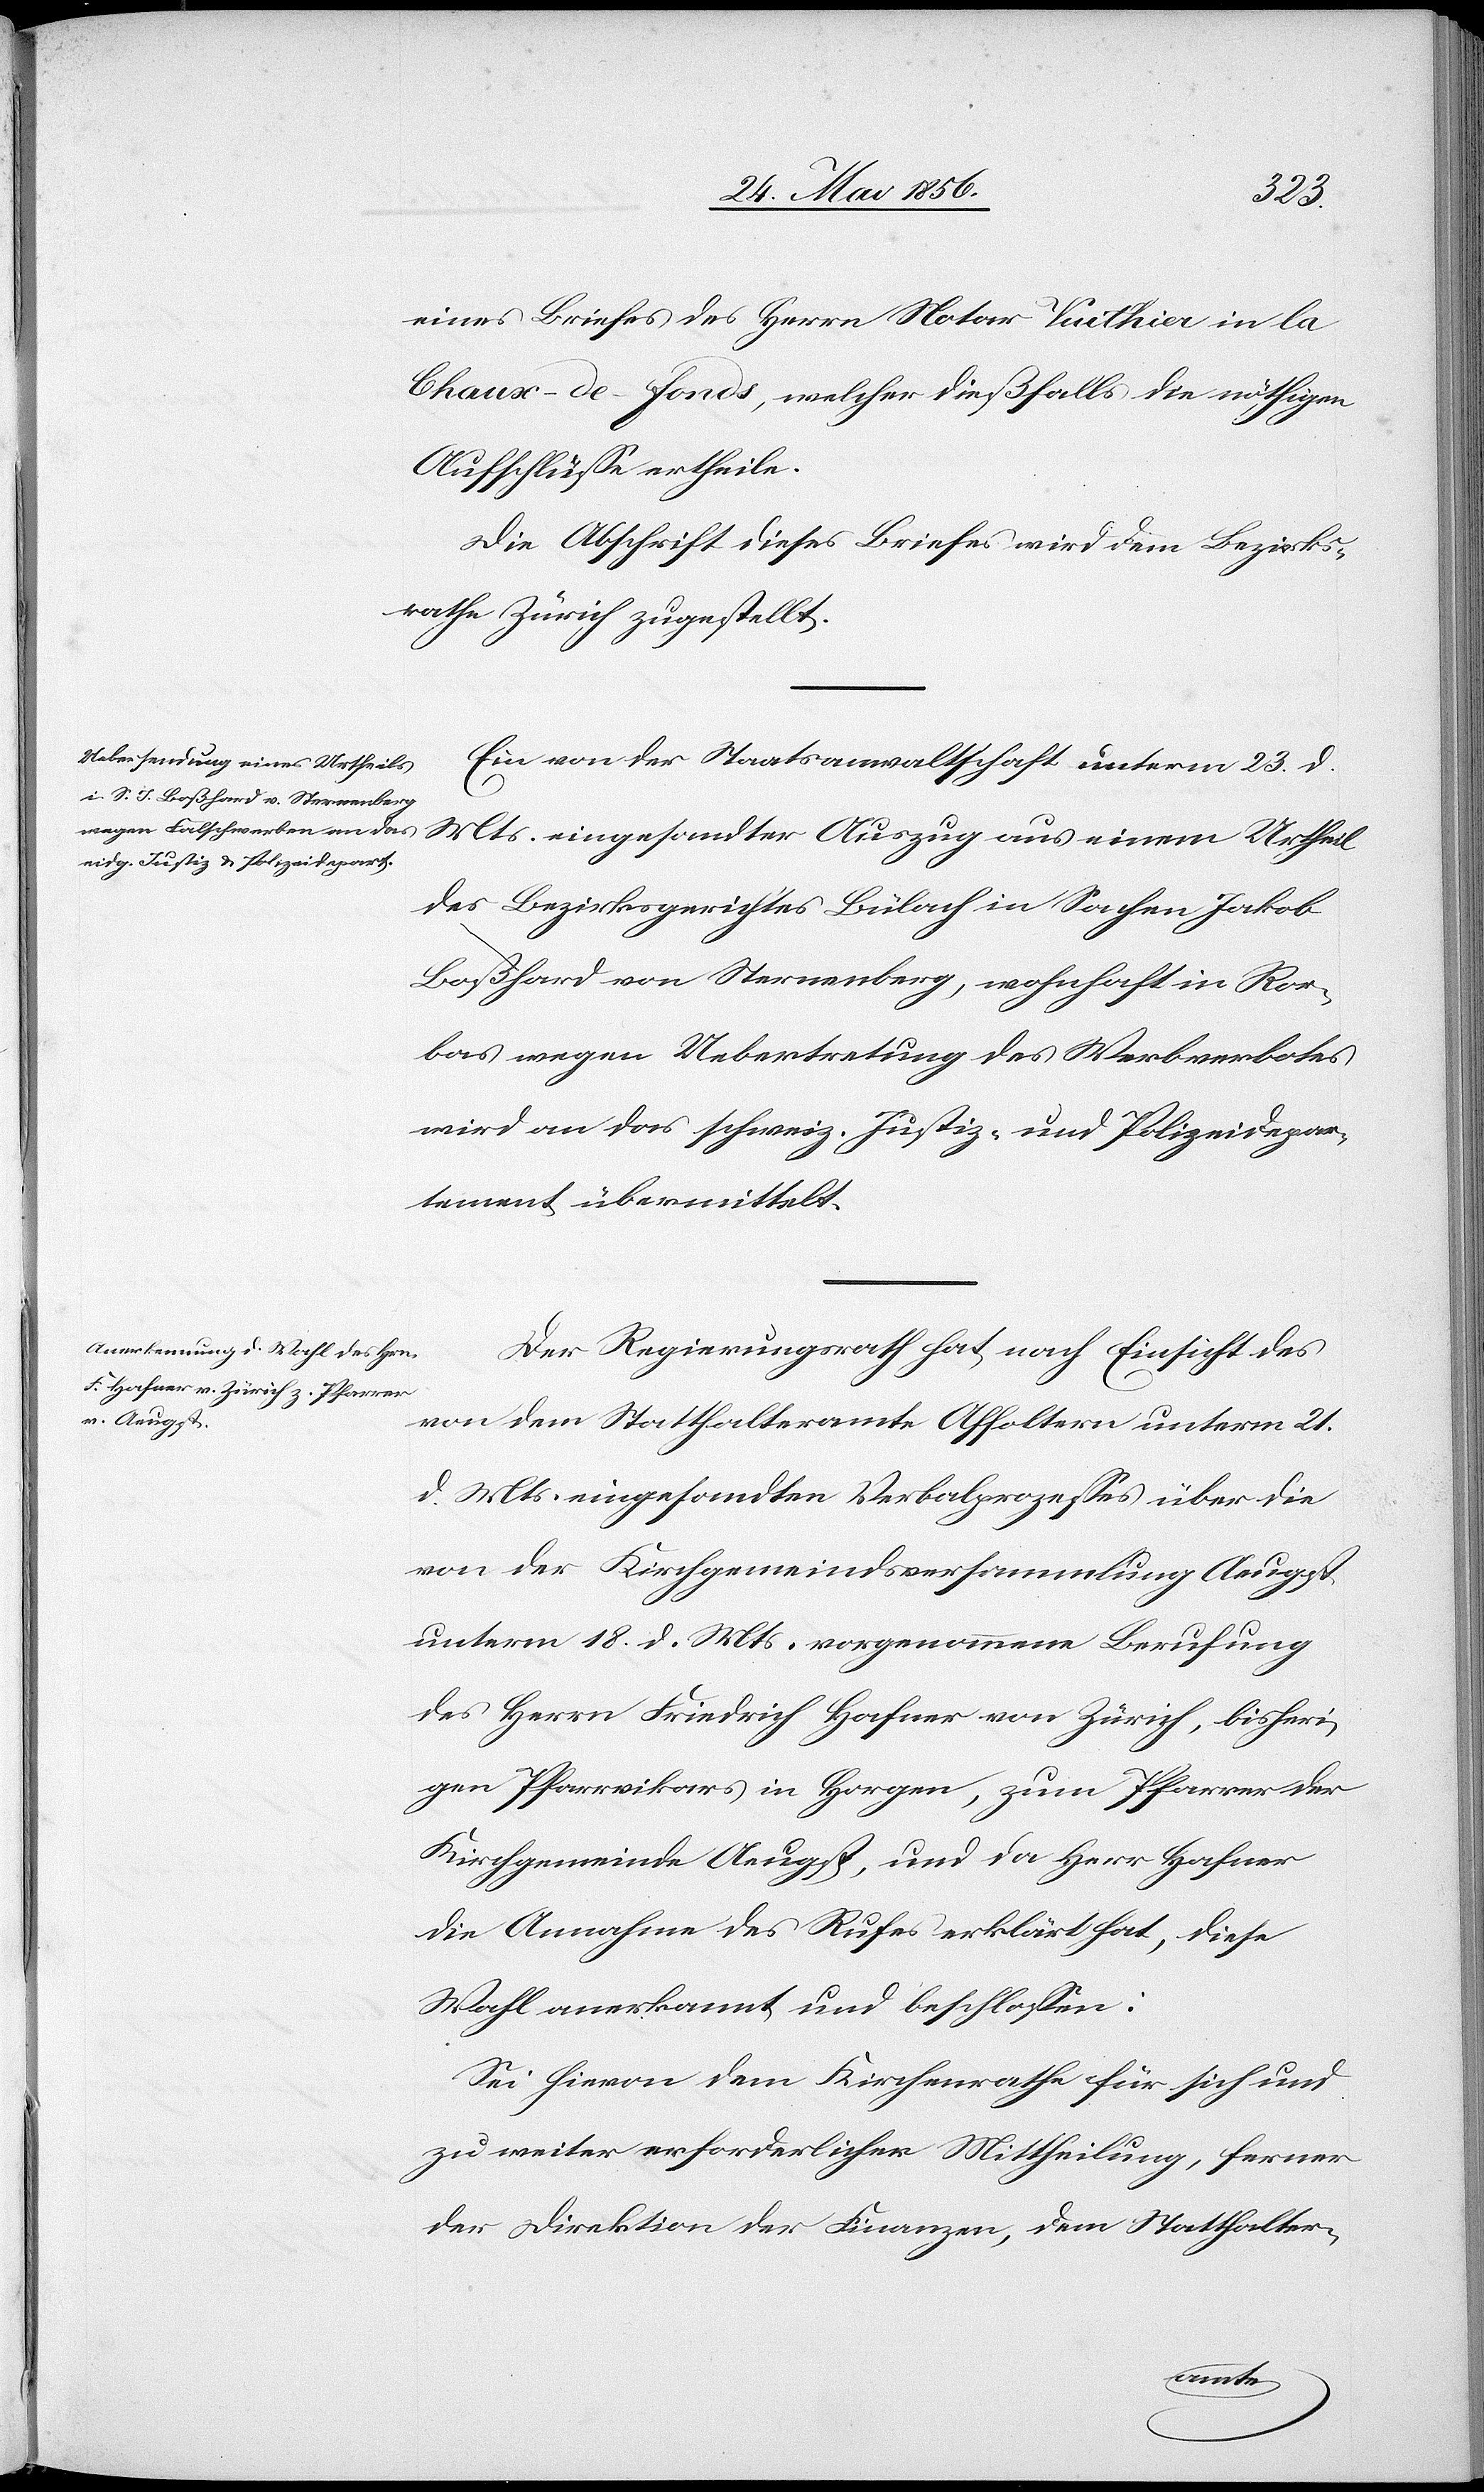
Urtheil
eines Briefes des Herrn Notar Vuithier in la
Chaux-de-fonds, welcher dießfalls die nöthigen
Aufschlüsse ertheile.
Die Abschrift dieses Briefes wird dem Bezirks¬
rathe Zürich zugestellt.
Ein von der Staatsanwaltschaft unterm 23. d.
des Bezirksgerichtes Bülach in Sachen Jakob
Boßhard von Sternenberg, wohnhaft in Ror¬
bas wegen Uebertretung des Werbverbotes
wird an das schweiz. Justiz- und Polizeidepar¬
tement übermittelt.
Der Regierungsrath hat, nach Einsicht des
von dem Statthalteramte Affoltern unterm 21.
d. Mts. eingesandten Verbalprozesses über die
von der Kirchgemeindsversammlung Aeugst
unterm 18. d. Mts. vorgenommene Berufung
des Herrn Friedrich Hafner von Zürich, bisheri¬
gen Pfarrvikars in Horgen, zum Pfarrer der
Kirchgemeinde Aeugst, und da Herr Hafner
die Annahme des Rufes erklärt hat, diese
Wahl anerkannt und beschlossen:
Sei hievon dem Kirchenrathe für sich und
zu weiter erforderlicher Mittheilung, ferner
der Direktion der Finanzen, dem Statthalter-